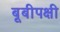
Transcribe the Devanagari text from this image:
बूबीपक्षी